[Report on the health of British troops in the Madras command]
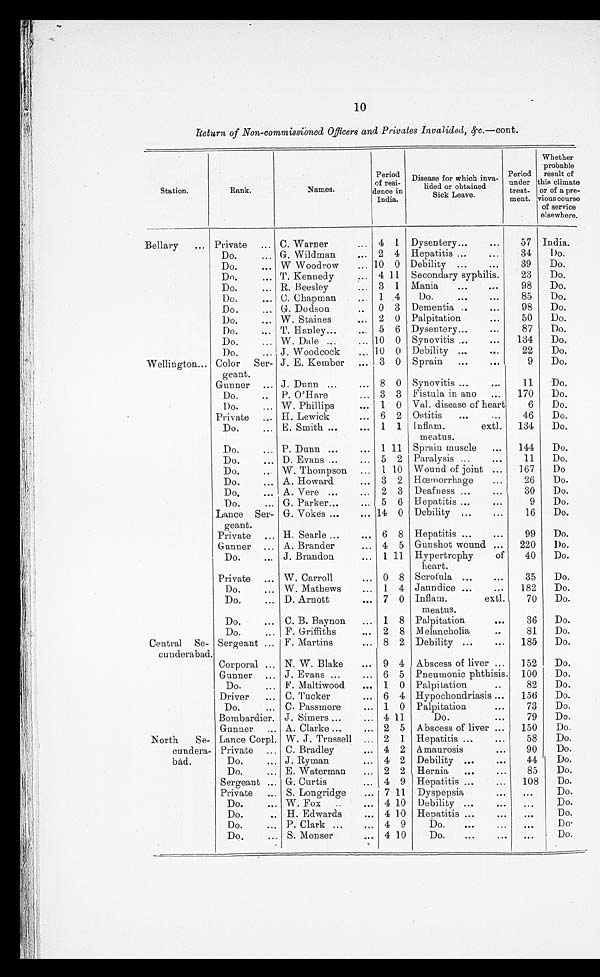
10
Return of Non-commissioned Officers and Privates Invalided, &c.—cont.
Station.
Rank.
Names
Period
of resi-
dence in
India.
Disease for which inva-
lided or obtained
Sick Leave.
Period
under
treat-
ment.
Whether
probable
result of
climate
or of a pre-
vious course
of service
elsewhere.
Bellary
... Private ... C. Warner
... 4 1 Dysentery...
. . .
57 India.
D o .
. . . G-. Wildman
. . . 2 4 Hepatitis ...
...
34
Do.
Do.
. . . W Woodrow
... 10 0 Debility ...
...
39
Do.
Do.
... T. Kennedy
. . .
4 1 1 Secondary syphilis.
23
Do.
Do.
... R. Beesley
... 3 1 Mania...
. . .
98
Do.
Do.
... C. Chapman
. . . 1 4
Do.
...
. . .
85
Do.
Do.
... G. Dodson
.. 0 3 Dementia ..
...
98
Do.
Do.
. . . W. Staines
. . . 2 0 Palpitation
...
50
Do.
Do.
... T. Hanley...
. . . 5 6 Dysentery...
...
87
Do.
Do.
... W. Dale ...
... 10 0 Synovitis ...
...
134
Do.
Do.
... J. Woodcock
. . . 10 0 Debility ...
. . .
22
Do.
Wellington... Color Ser-
geant.
J . E. Kember ... 3 0 Sprain
... ...
9
Do.
Gunner ... J. Dunn ...
... 8 0 Synovitis ...
...
11
Do.
Do.
.. P. O'Hare
... 3 3 Fistula in ano
...
170
Do.
Do.
... W. Phillips
...
1 0 Val, disease of heart
6
Do.
Private ... H. Lewick
... 6 2 Ostitis
...
...
46
Do.
Do.
... E. Smith ...
...
1 1 Inflam.
meatus.
extl.
134
Do.
Do.
... P. Dunn ...
...
1 11 Sprain muscle
...
144
Do.
Do.
... D. Evans ...
... 5 2 Paralysis ...
...
11
Do.
Do.
... W. Thompson ... 1 10 Wound of joint
...
167
D o .
Do.
... A. Howard
... 3 2 Hœmorrhage
...
26
Do.
Do.
... A. Vere ...
... 2 3 Deafness ...
. . .
30
Do.
Do.
... G. Parker...
... 5 6 Hepatitis ...
. . .
9
Do.
Lance Ser
g e a n t
.
G. Vokes ...
... 14 0 Debility ...
...
16
Do.
Private ... H. Searle ...
. . . 6 8 Hepatitis ...
...
99
Do.
Gunner ... A. Brander
... 4 5 Gunshot wound ...
220
Do.
Do.
... J. Brandon
... 1 11 Hypertrophy
of heart .
40
Do.
Private ... W. Carroll
... 0 8 Scrofula . . .
...
35
Do.
Do
...
W . M a t h e w s
... 1 4 Jaundice ...
...
182
Do.
Do.
... D. Arnott
... 7 0 Inflam.
meatus.
extl.
70
Do.
Do.
... C. B. Baynon
... 1 8 Palpitation
. . .
36
Do.
Do.
... F. Griffiths
... 2 8 Melancholia
..
81
Do.
Central. Se
cunderabad.
Sergeant ... F. Martins
... 8 2 Debility ...
...
185
Do.
Corporal ... N. W. Blake
... 9 4 Abscess of liver ...
152
Do.
Gunner ... J . Evans ...
... 6 5 Pneumonic phthisis. 100
Do.
Do.
... F. Maltiwood
... 1 0 Palpitation
..
82
Do.
Driver
... C. Tucker
... 6 4 Hypochondriasis ...
156
Do.
Do.
... C. Passmore
... 1 0 Palpitation
...
73
Do.
Bombardier. J . Simers ...
... 4 11
Do.
. . .
79
Do.
Gunner ... A. Clarke ...
... 2 5 Abscess of liver
150
Do.
North
Se
cundera
bad.
Lance Corpl. W. J. Trussell ... 2 1 Hepatitis ...
. . .
58
Do.
Private ... C. Bradley
... 4 2 Amaurosis
. . .
90
Do.
Do.
... J. Ryman
... 4 2 Debility ...
. . .
44
Do.
Do.
... E. Waterman
... 2 2 Hernia
...
. . .
85
Do.
Sergeant ... G. Curtis
... 4 9 Hepatitis ...
...
108
Do.
Private
... S. Longridge
... 7 11 Dyspepsia
. . .
. . .
Do.
Do.
... W. Fox
..
... 4 10
Debility ...
. . .
. . .
Do.
Do.
.. H. Edwards
... 4 10 Hepatitis ...
. . .
. . .
Do.
Do.
... P. Clark ...
... 4 9
Do.
. . .
. . .
. . .
Do .
Do.
... S. Mouser
... 4 10
Do.
. . . ...
. . .
Do.